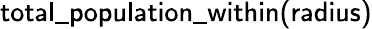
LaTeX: \mathsf{total\_ population\_ within(radius)}